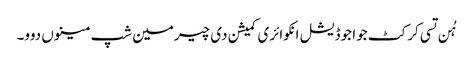
ہُن تسی کرکٹ جوا جوڈیشل انکوائری کمیشن دی چیرمین شپ مینوں دوو۔